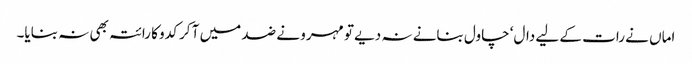
اماں نے رات کے لیے دال‘ چاول بنانے نہ دیے تو مہرو نے ضد میں آ کر کدو کا رائتہ بھی نہ بنایا۔